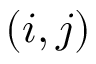
( i , j )